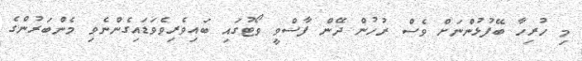
މި ހުރިހާ ބޭފުޅުންނަށް ވެސް ރުހުން ދޭން ފާސްވީ ވޯޓުގައި ބައިވެރިވެވަޑައިގެންނެވި މެންބަރުންގެ